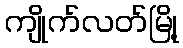
ကျိုက်လတ်မြို့